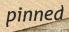
pinned